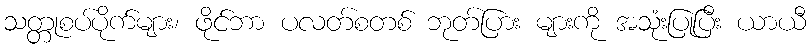
သတ္တုစပ်ပိုက်များ၊ ဖိုင်ဘာ ပလတ်စတစ် ဘုတ်ပြား များကို အသုံးပြုပြီး ယာယီ